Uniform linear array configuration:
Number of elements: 64
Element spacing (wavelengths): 0.75
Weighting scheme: blackman
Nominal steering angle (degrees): -15
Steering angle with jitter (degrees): -16.502
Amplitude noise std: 0.05
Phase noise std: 0.05

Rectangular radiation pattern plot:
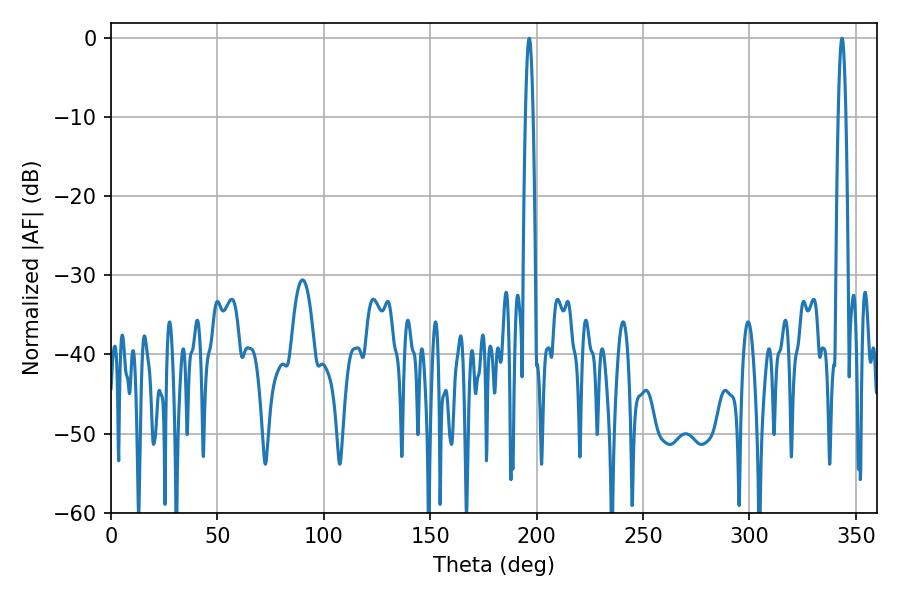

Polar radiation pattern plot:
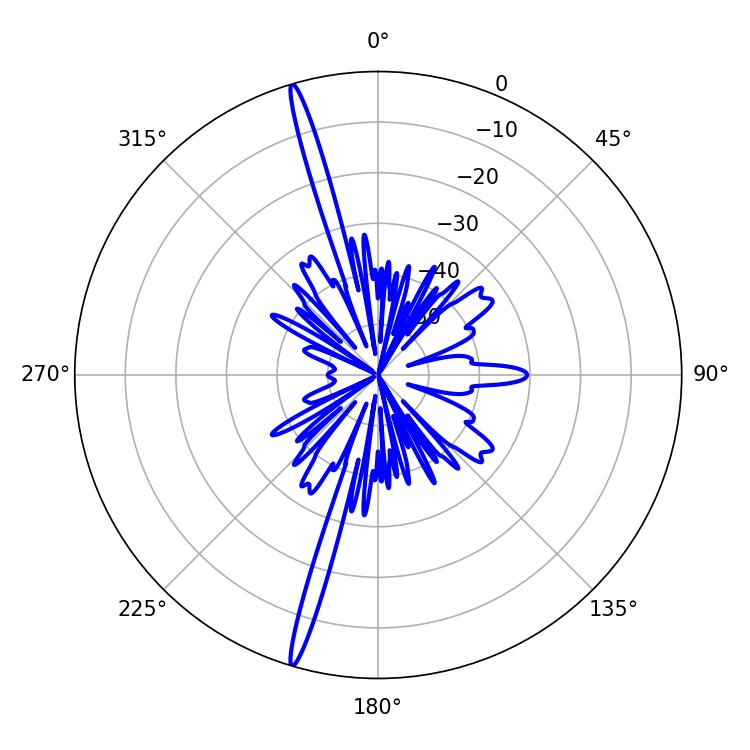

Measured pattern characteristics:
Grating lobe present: TRUE
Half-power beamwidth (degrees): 1.98
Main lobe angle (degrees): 196.56